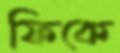
ফিকে